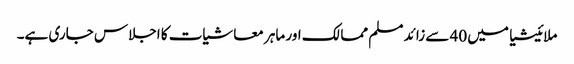
ملائیشیا میں 40 سے زائد مسلم ممالک اور ماہر معاشیات کا اجلاس جاری ہے۔